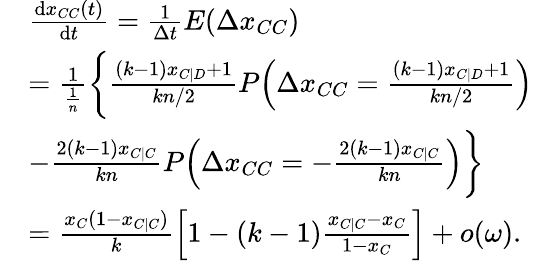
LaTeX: \begin{array}{rl}&{\frac{\textrm{d}x_{CC}(t)}{\textrm{d}t}=\frac{1}{\Delta t}E(\Delta x_{CC})}\\ &{=\frac{1}{\frac{1}{n}}\bigg\{ \frac{(k-1)x_{C|D}+1}{kn/2}P\Big(\Delta x_{CC}=\frac{(k-1)x_{C|D}+1}{kn/2}\Big)}\\ &{-\frac{2(k-1)x_{C|C}}{kn}P\Big(\Delta x_{CC}=-\frac{2(k-1)x_{C|C}}{kn}\Big)\bigg\} }\\ &{=\frac{x_{C}(1-x_{C|C})}{k}\Big[1-(k-1)\frac{x_{C\mid C}-x_{C}}{1-x_{C}}\Big]+o(\omega).}\end{array}